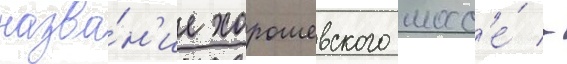
назва́н'ие хорошевского шосс'е́ -